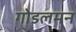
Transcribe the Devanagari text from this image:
गोडलमन